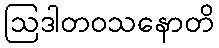
ဩဒါတဝသနောတိ